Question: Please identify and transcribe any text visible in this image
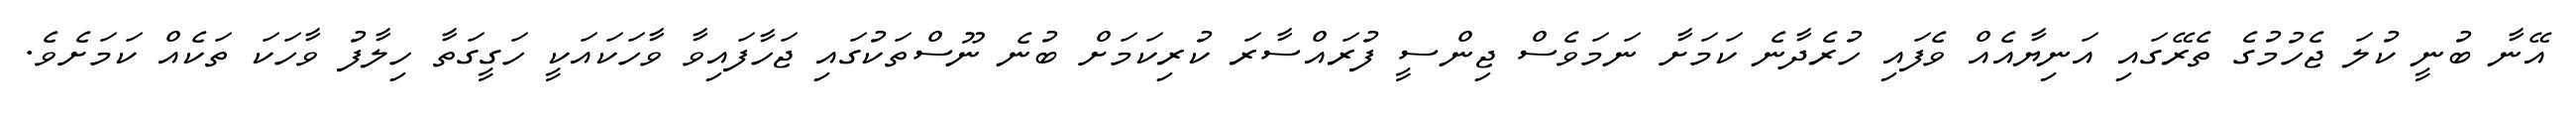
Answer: އޭނާ ބުނީ ކުލަ ޖެހުމުގެ ތެރޭގައި އަނިޔާއެއް ވެފައި ހުރެދާނެ ކަމަށާ ނަމަވެސް ޖިންސީ ފުރައްސާރަ ކުރިކަމަށް ބުނެ ނޫސްތަކުގައި ޖަހާފައިވާ ވާހަކައަކީ ހަގީގަތާ ހިލާފު ވާހަކަ ތަކެއް ކަމަށެވެ.